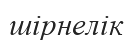
шірнелік